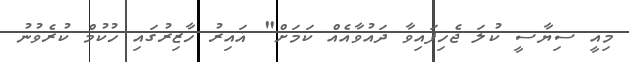
މިއީ ސިޔާސީ ކުލަ ޖެހިފައިވާ ދައުވާއެއް ކަމަށް" ޣައިރު ހާޒިރުގައި ހުކުމް ކުރެވުނު